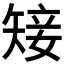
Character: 𥏡